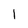
Character: 1